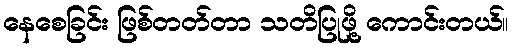
နေစေခြင်း ဖြစ်တတ်တာ သတိပြုဖို့ ကောင်းတယ်။